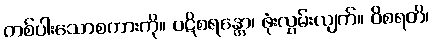
တစ်ပါးသောစကားကို။ ပဋိစရန္တော၊ ဖုံးလွှမ်းလျက်။ ဝိစရတိ၊